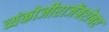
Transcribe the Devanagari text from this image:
व्यंकोजीराजेंबरोबर